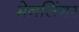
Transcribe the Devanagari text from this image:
मेनसिंगर